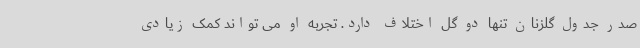
صدر جدول گلزنان تنها دو گل اختلاف دارد. تجربه او می تواند کمک زیادی